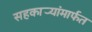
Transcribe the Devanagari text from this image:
सहकार्‍यांमार्फत